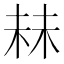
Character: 𬂧